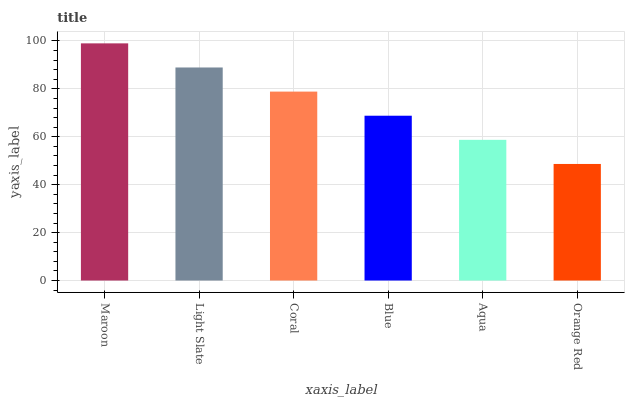
| xaxis_label | bars |
 | --- | --- |
 | Maroon | 99 |
 | Light Slate | 88.9 |
 | Coral | 78.9 |
 | Blue | 68.8 |
 | Aqua | 58.7 |
 | Orange Red | 48.7 |